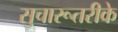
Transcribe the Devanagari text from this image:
सुचारूतरीके